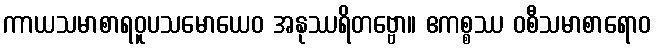
ကာယသမာစာရဝူပသမောယေဝ အနုဿရိတဗ္ဗော။ ဧကစ္စဿ ဝစီသမာစာရောဝ